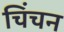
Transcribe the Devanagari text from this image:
चिंचन